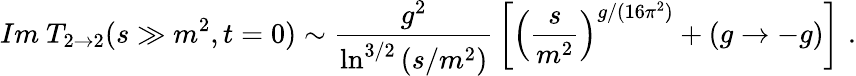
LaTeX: Im~T_{2\rightarrow 2}(s\gg m^{2},t=0)\sim\displaystyle{\frac{g^{2}}{\ln^{3/2}\left(s/m^{2}\right)}}\left[\left(\frac{s}{m^{2}}\right)^{g/(16\pi^{2})}+(g\rightarrow-g)\right]\, \, .